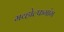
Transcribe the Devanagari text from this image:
मव्होल्फगांग